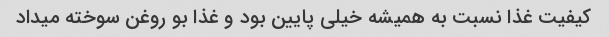
کیفیت غذا نسبت به همیشه خیلی پایین بود و غذا بو روغن سوخته میداد